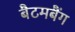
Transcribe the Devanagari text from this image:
बैटमबैंग